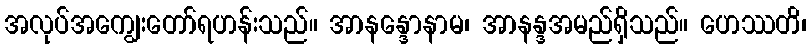
အလုပ်အကျွေးတော်ရဟန်းသည်။ အာနန္ဒောနာမ၊ အာနန္ဒအမည်ရှိသည်။ ဟေဿတိ၊